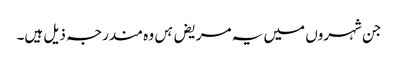
جن شہروں میں یہ مریض ہں وہ مندرجہ ذیل ہیں۔